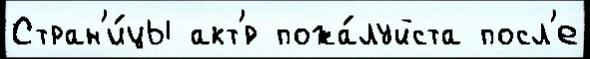
Стран'и́цы акт'́р пожа́луйста посл'е